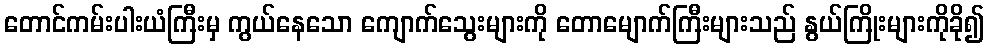
တောင်ကမ်းပါးယံကြီးမှ ကွယ်နေသော ကျောက်သွေးများကို တောမျောက်ကြီးများသည် နွယ်ကြိုးများကိုခို၍